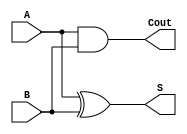
`timescale 1ns / 1ps
//////////////////////////////////////////////////////////////////////////////////
// Company: 
// Engineer: 
// 
// Design Name: 
// Module Name: Half_adder
// Project Name: 
// Target Devices: 
// Tool Versions: 
// Description: 
// 
// Dependencies: 
// 
// Revision:
// Revision 0.01 - File Created
// Additional Comments:
// 
//////////////////////////////////////////////////////////////////////////////////


module Half_adder(
    input A,
    input B,
    output S,
    output Cout
);

assign S = A ^ B;
assign Cout = A & B;

endmodule